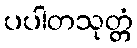
ပပါတသုတ္တံ